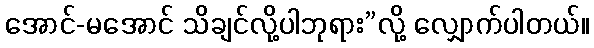
အောင်-မအောင် သိချင်လို့ပါဘုရား”လို့ လျှောက်ပါတယ်။